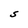
Character: S